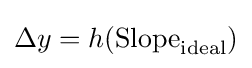
\Delta y=h({\text{Slope}}_{\text{ideal}})